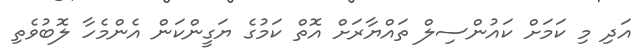
އަދި މި ކަމަށް ކައުންސިލް ތައްޔާރަށް އޮތް ކަމުގެ ޔަގީންކަން އެންމެހާ ލޮބުވެތި